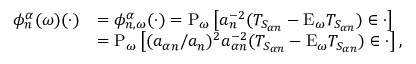
\begin{array} { r l } { \phi _ { n } ^ { \alpha } ( \omega ) ( \cdot ) } & { = \phi _ { n , \omega } ^ { \alpha } ( \cdot ) = \mathrm { P } _ { \omega } \left[ a _ { n } ^ { - 2 } ( T _ { S _ { \alpha n } } - \mathrm { E } _ { \omega } T _ { S _ { \alpha n } } ) \in \cdot \right] } \\ & { = \mathrm { P } _ { \omega } \left[ ( a _ { \alpha n } / a _ { n } ) ^ { 2 } a _ { \alpha n } ^ { - 2 } ( T _ { S _ { \alpha n } } - \mathrm { E } _ { \omega } T _ { S _ { \alpha n } } ) \in \cdot \right] , } \end{array}